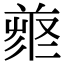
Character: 𠭳